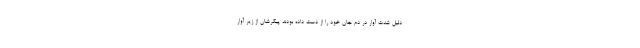
دلیل شدت آوار در دم جان خود را از دست داده بودند پیکرشان از زیر آوار